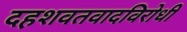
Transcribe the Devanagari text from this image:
दहशवतवादविरोधी